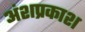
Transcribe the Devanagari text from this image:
अंशप्रकाश